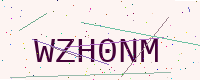
Text: WZH0NM